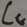
Text: CG